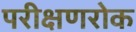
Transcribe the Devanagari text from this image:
परीक्षणरोक